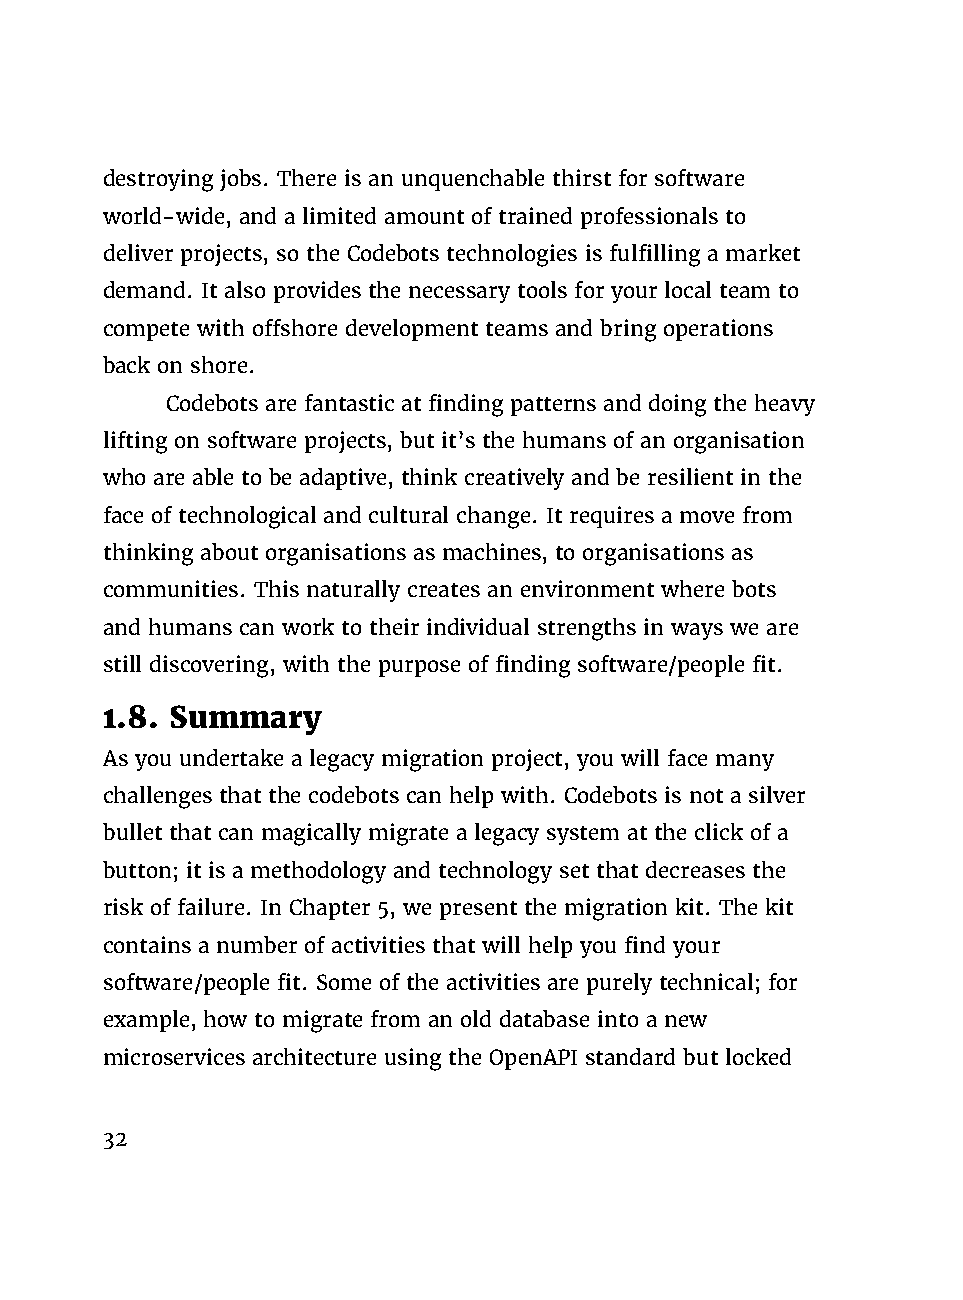
destroying jobs. There is an unquenchable thirst for software
 world-wide, and a limited amount of trained professionals to
 deliver projects, so the Codebots technologies is fulfilling a market
 demand. It also provides the necessary tools for your local team to
 compete with offshore development teams and bring operations
 back on shore.
 Codebots are fantastic at finding patterns and doing the heavy
 lifting on software projects, but it’s the humans of an organisation
 who are able to be adaptive, think creatively and be resilient in the
 face of technological and cultural change. It requires a move from
 thinking about organisations as machines, to organisations as
 communities. This naturally creates an environment where bots
 and humans can work to their individual strengths in ways we are
 still discovering, with the purpose of finding software/people fit.
 1.8. Summary
 As you undertake a legacy migration project, you will face many
 challenges that the codebots can help with. Codebots is not a silver
 bullet that can magically migrate a legacy system at the click of a
 button; it is a methodology and technology set that decreases the
 risk of failure. In Chapter 5, we present the migration kit. The kit
 contains a number of activities that will help you find your
 software/people fit. Some of the activities are purely technical; for
 example, how to migrate from an old database into a new
 microservices architecture using the OpenAPI standard but locked
 32